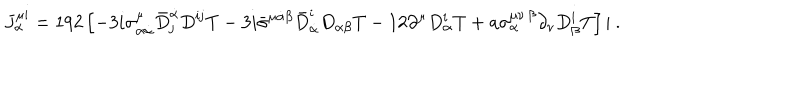
J _ { \alpha } ^ { \mu { \mathbf i } } = 1 9 2 \left[ - 3 i \sigma _ { \alpha \dot { \alpha } } ^ { \mu } { \bar { D } } _ { \mathbf j } ^ { \dot { \alpha } } D ^ { { \mathbf i } { \mathbf j } } T - 3 i { \bar { \sigma } } ^ { \mu \dot { \alpha } \beta } { \bar { D } } _ { \dot { \alpha } } ^ { \mathbf i } D _ { \alpha \beta } T - 1 2 \partial ^ { \mu } D _ { \alpha } ^ { \mathbf i } T + a \sigma _ { \alpha } ^ { \mu \nu \, \beta } \partial _ { \nu } D _ { \beta } ^ { \mathbf i } T \right] | \ .